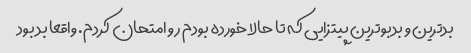
بدترین و بدبوترین پیتزایی که تا حالا خورده بودم رو امتحان کردم. واقعا بد بود